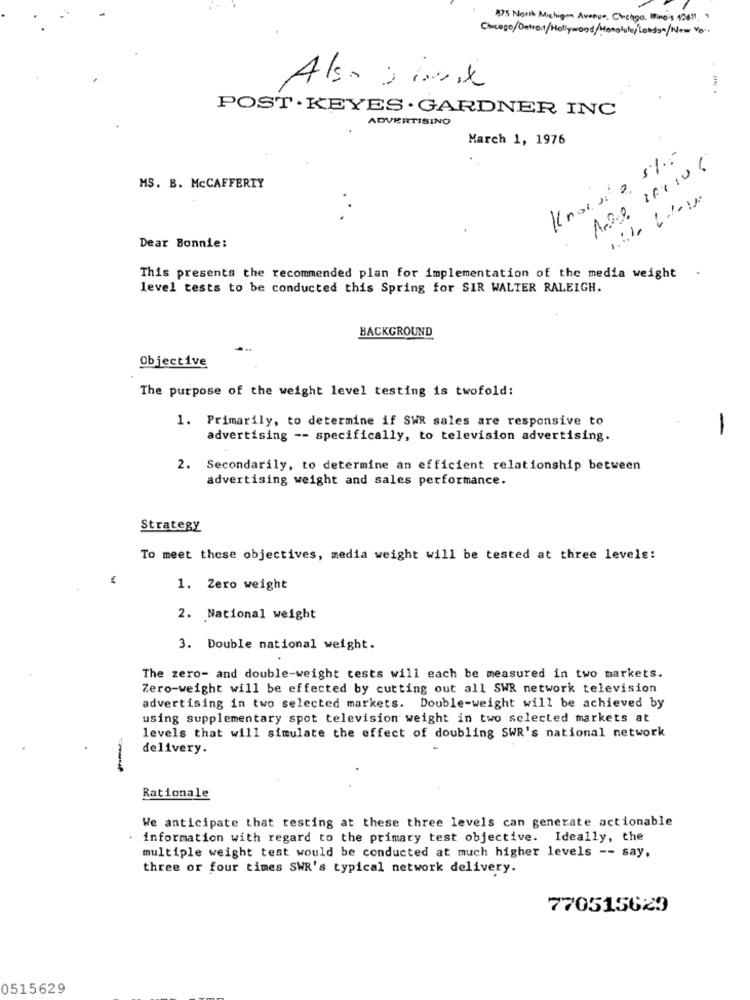
875 North Michigan Avenue, Chicago. Mino's 12011. .
Also simix
POST · KEYES · GARDNER INC
ADVERTISING
March 1, 1976
Knowsio 5%:
MS. B. MCCAFFERTY
Dear Bonnie:
This presents the recommended plan for implementation of the media weight
level tests to be conducted this Spring for SIR WALTER RALEIGH.
BACKGROUND
Objective
The purpose of the weight level testing is twofold:
1. Primarily, to determine if SWR sales are responsive to
-
advertising -- specifically, to television advertising.
2. Secondarily, to determine an efficient relationship between
advertising weight and sales performance.
Strategy
To meet these objectives, media weight will be tested at three levels:
1. Zero weight
2. National weight
3. Double national weight.
The zero- and double-weight tests will each be measured in two markets.
Zero-weight will be effected by cutting out all SWR network television
advertising in two selected markets. Double-weight will be achieved by
using supplementary spot television weight in two selected markets at
levels that will simulate the effect of doubling SWR's national network
delivery.
Rationale
We anticipate that testing at these three levels can generate actionable
information with regard to the primary test objective. Ideally, the
multiple weight test would be conducted at much higher levels -- say,
three or four times SWR's typical network delivery.
770515623
0515629